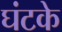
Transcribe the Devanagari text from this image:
घंटके